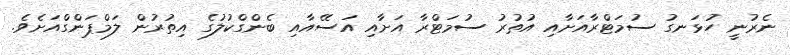
ނެރުނީ ހުޅަނގު ސުމަޓްރާއަށާއި އުތުރު ސުމަޓްރާ އަށާއި އަސޭއާއި ބެންގްކުލުގެ އިތުރުން ލަމްޕަންގްއަށެވެ.